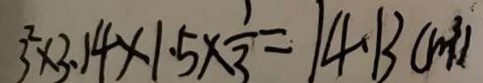
3 ^ { 2 } \times 3 . 1 4 \times 1 . 5 \times \frac { 1 } { 3 } = 1 4 . 1 3 ( m ^ { 3 } )